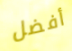
أفضل